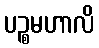
ပဉ္စမဟာလိ